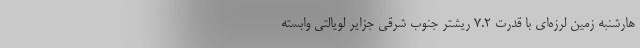
هارشنبه زمین لرزه‌ای با قدرت ۷.۲ ریشتر جنوب شرقی جزایر لویالتی وابسته